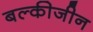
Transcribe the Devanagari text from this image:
बल्कीजीन